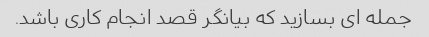
جمله ای بسازید که بیانگر قصد انجام کاری باشد.